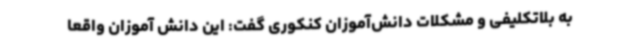
به بلاتکلیفی و مشکلات دانش‌آموزان کنکوری گفت: این دانش آموزان واقعا